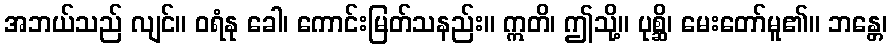
အဘယ်သည် လျင်။ ဝရံနု ခေါ၊ ကောင်းမြတ်သနည်း။ ဣတိ၊ ဤသို့။ ပုစ္ဆိ၊ မေးတော်မူ၏။ ဘန္တေ၊